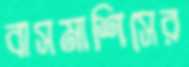
বাসমাশিসের